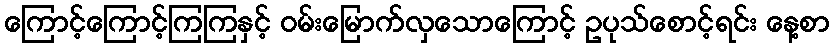
ကြောင့်ကြောင့်ကြကြနှင့် ဝမ်းမြောက်လှသောကြောင့် ဥပုသ်စောင့်ရင်း နေ့စာ